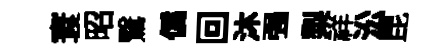
寰昭鷖僞回沐强梨祥㳂昆